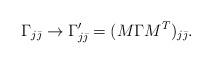
LaTeX: \begin{align*}\Gamma_{j\bar{\jmath}}\rightarrow\Gamma^\prime_{j\bar{\jmath}}=(M\Gamma M^T)_{j\bar{\jmath}}. \end{align*}